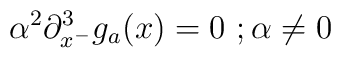
\alpha^2 \partial_{x^-}^3 g_a(x)=0~; \alpha\neq 0